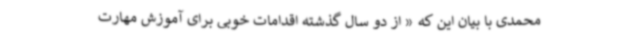
محمدی با بیان این که « از دو سال گذشته اقدامات خوبی برای آموزش مهارت